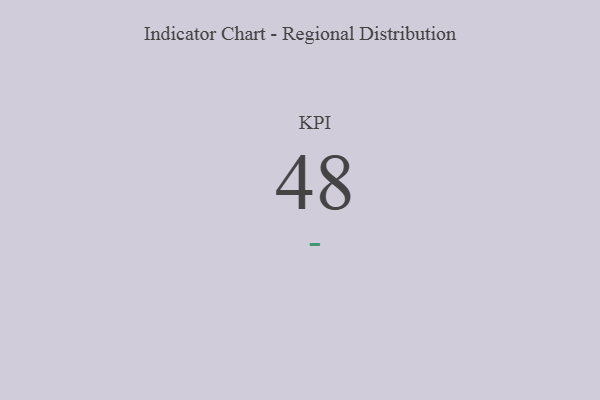
{"axis": {"x": "KPI", "y": "Value"}, "legend": [""], "data": [{"x": "KPI", "y": 48, "type": ""}]}